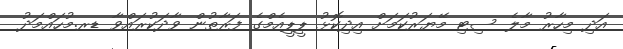
އަދި މިހާރު މާލެ ސިޓި މޭޔަރުކަމަށް އިދިކޮޅު ޕީޕީއެމްގެ ފަރާތުން ވާދަކުރައްވާ ޑރ.މުހައްމަދު